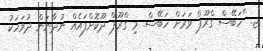
ޖ. "ހަބޭސް ގްރޫޕް ވަރަށް ހަބޭސް. މި ގްރޫޕް ދޫކޮށްފައެއް ނުދާނަން ދުވަހަކު